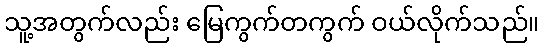
သူ့အတွက်လည်း မြေကွက်တကွက် ဝယ်လိုက်သည်။